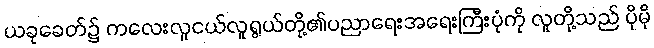
ယခုခေတ်၌ ကလေးလူငယ်လူရွယ်တို့၏ပညာရေးအရေးကြီးပုံကို လူတို့သည် ပိုမို